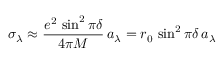
\sigma _ { \lambda } \approx { \frac { e ^ { 2 } \, \sin ^ { 2 } \pi \delta } { 4 \pi M } } \, a _ { \lambda } = r _ { 0 } \, \sin ^ { 2 } \pi \delta \, a _ { \lambda }